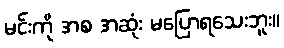
မင်းကို အစ အဆုံး မပြောရသေးဘူး။